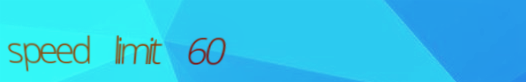
speed limit 60